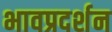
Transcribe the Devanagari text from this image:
भावप्रदर्शन